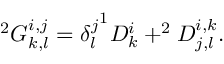
^ { 2 } G _ { k , l } ^ { i , j } = { \delta _ { l } ^ { j } } ^ { 1 } D _ { k } ^ { i } + ^ { 2 } D _ { j , l } ^ { i , k } .